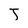
Character: J